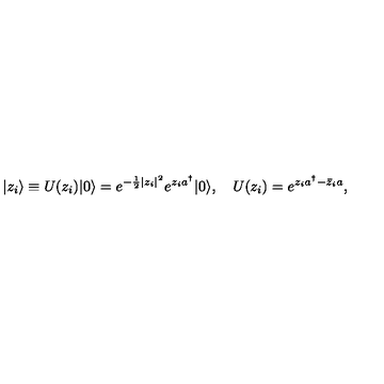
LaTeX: | z _ { i } \rangle \equiv U ( z _ { i } ) | 0 \rangle = e ^ { - \frac 1 2 | z _ { i } | ^ { 2 } } e ^ { z _ { i } a ^ { \dagger } } | 0 \rangle , \quad U ( z _ { i } ) = e ^ { z _ { i } a ^ { \dagger } - \bar { z } _ { i } a } ,